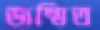
জম্মিত